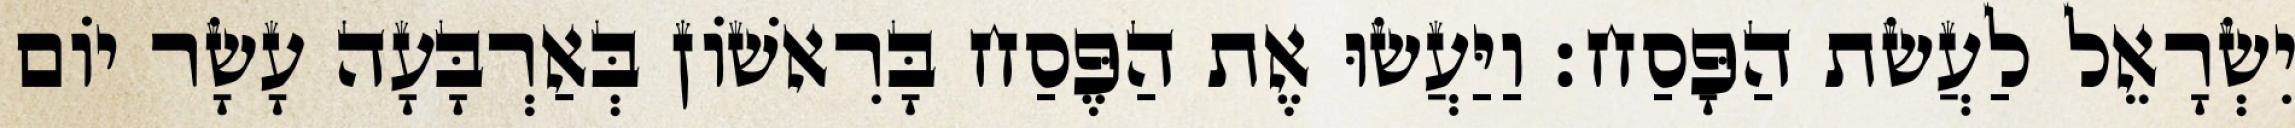
יִשְׂרָאֵל לַעֲשׂת הַפָּסַח׃ וַיַּעֲשׂוּ אֶת הַפֶּסַח בָּרִאשׁוֹן בְּאַרְבָּעָה עָשָׂר יוֹם